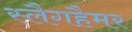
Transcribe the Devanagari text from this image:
स्लैगहैमर